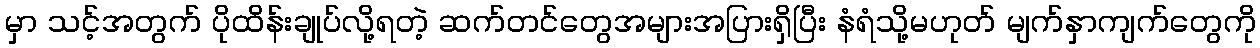
မှာ သင့်အတွက် ပိုထိန်းချုပ်လို့ရတဲ့ ဆက်တင်တွေအများအပြားရှိပြီး နံရံသို့မဟုတ် မျက်နှာကျက်တွေကို